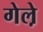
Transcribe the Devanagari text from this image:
गेले़